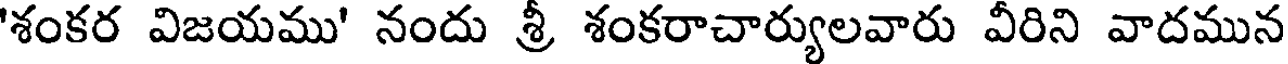
'శంకర విజయము' నందు శ్రీ శంకరాచార్యులవారు వీరిని వాదమున